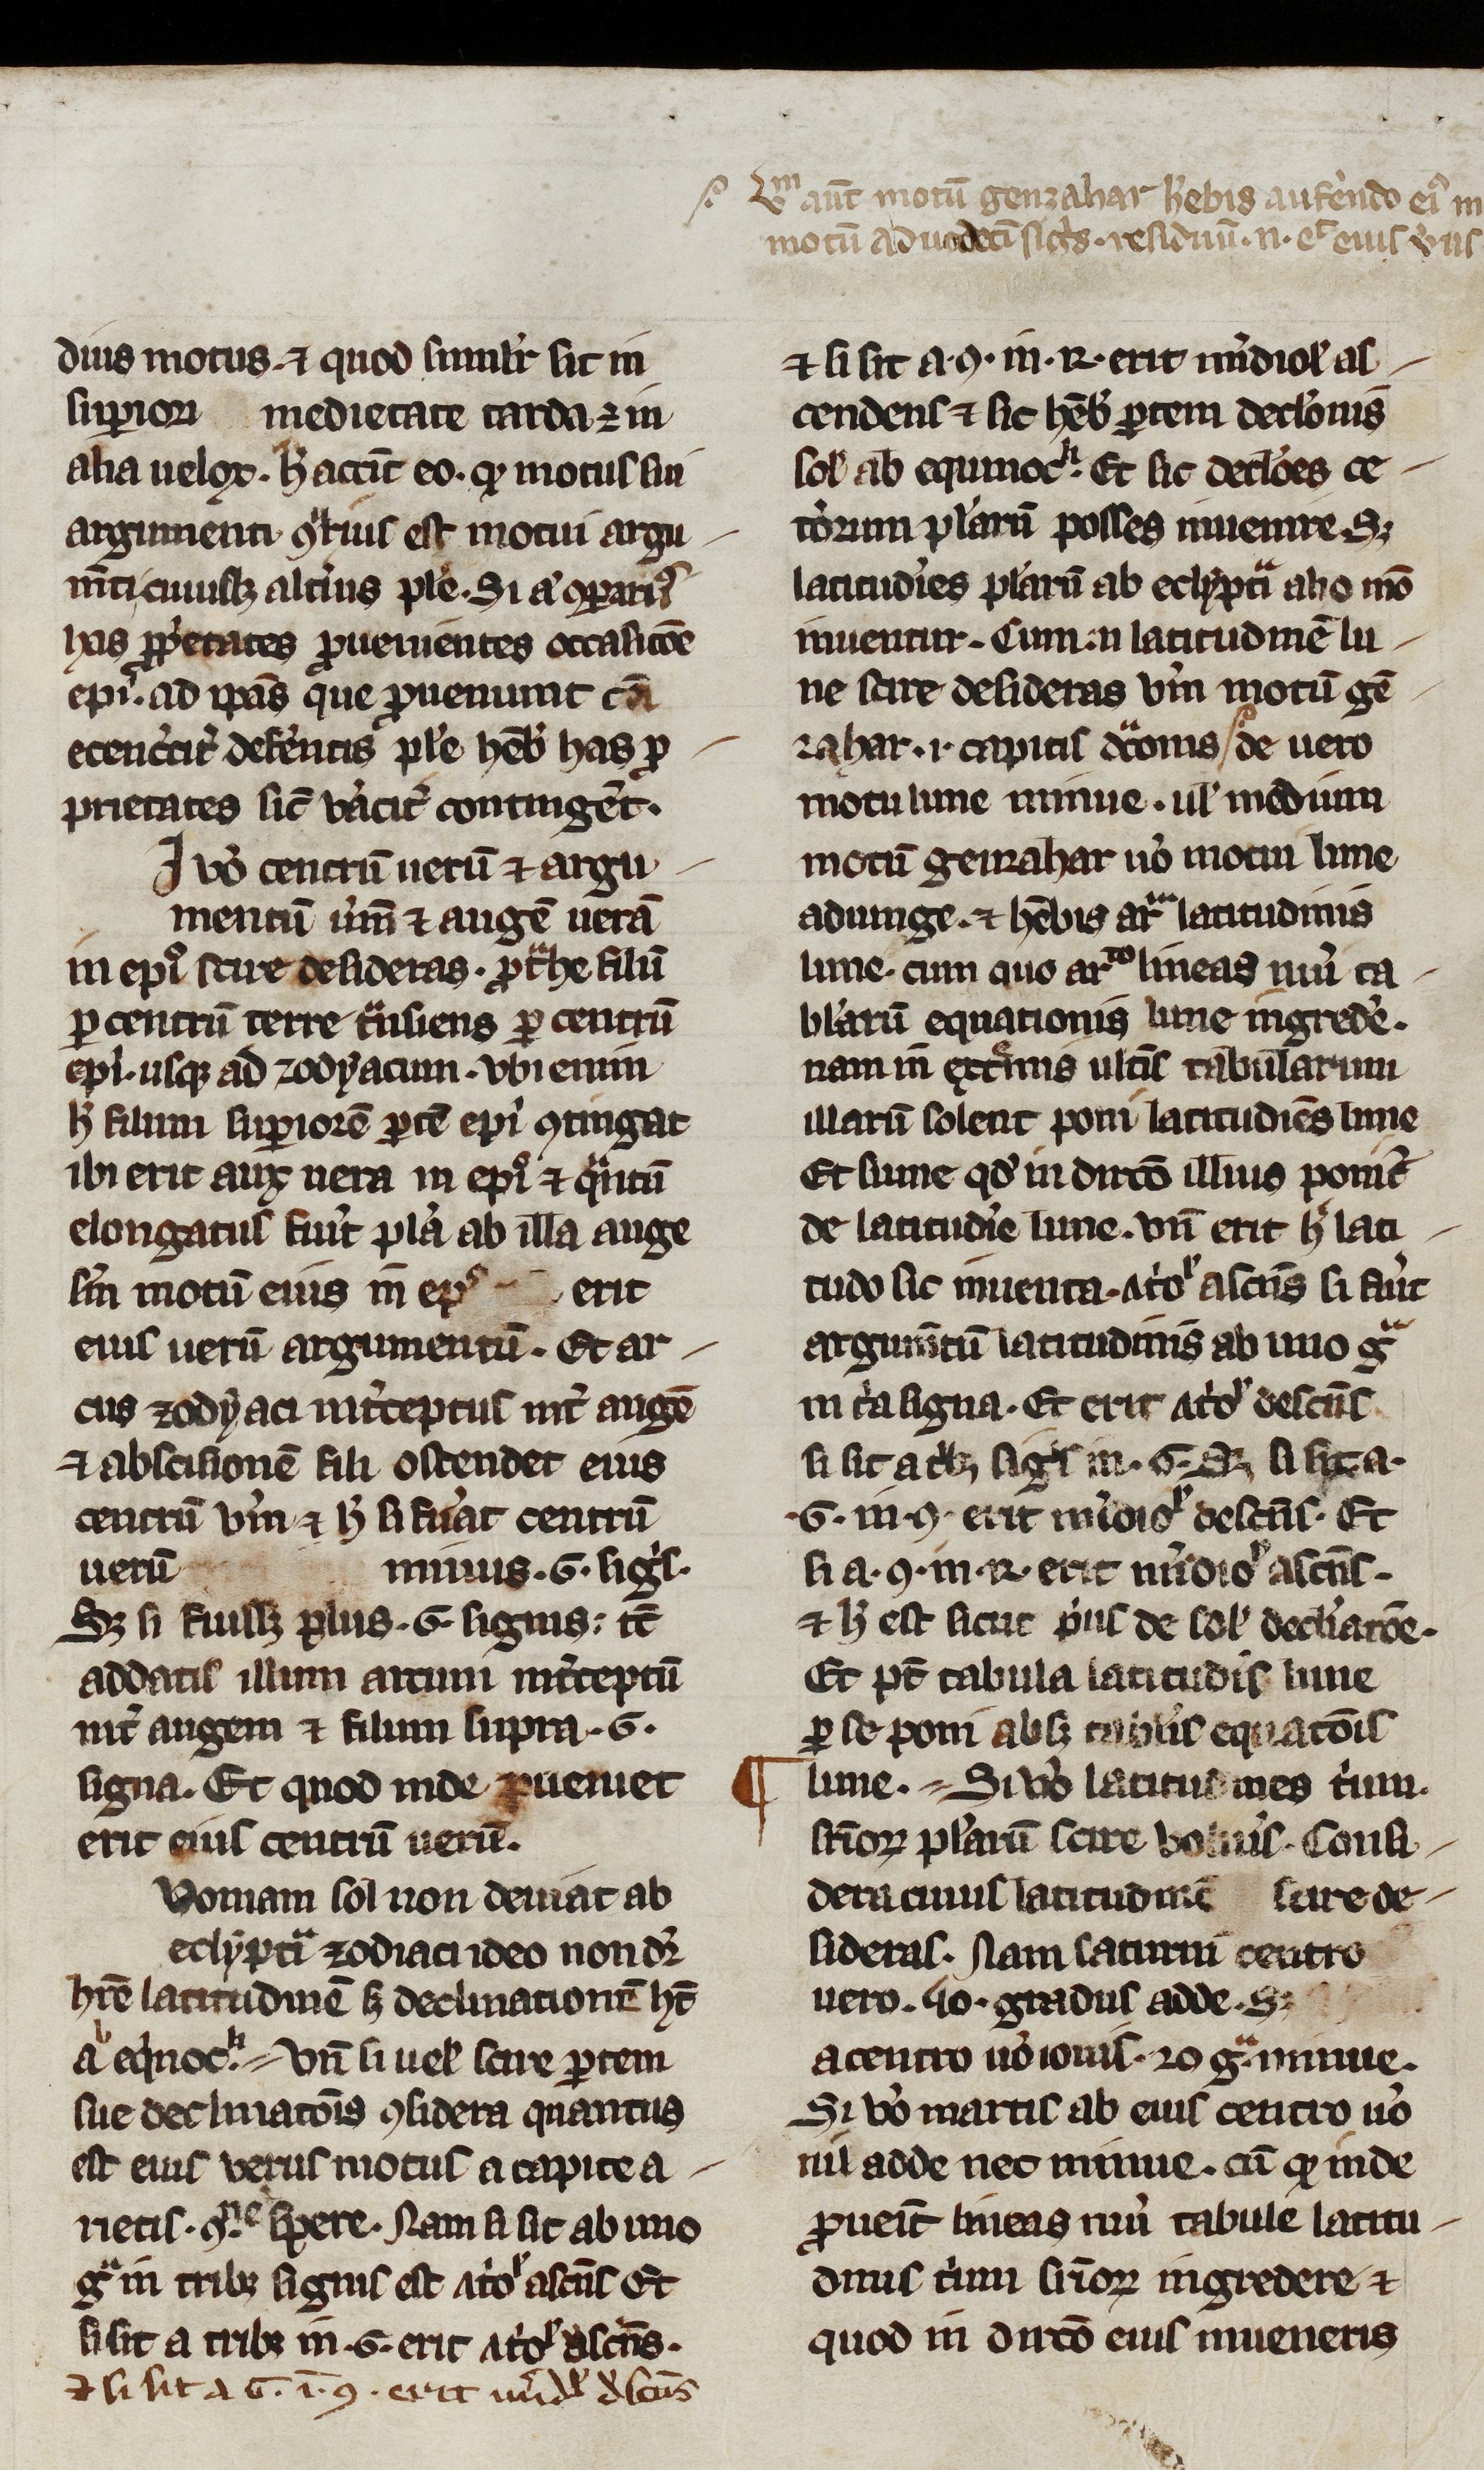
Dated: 1200–1399